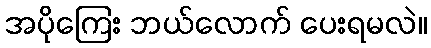
အပိုကြေး ဘယ်လောက် ပေးရမလဲ။